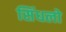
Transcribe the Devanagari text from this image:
सिंधलो